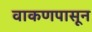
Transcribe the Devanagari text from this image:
वाकणपासून